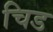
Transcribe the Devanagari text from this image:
चिड